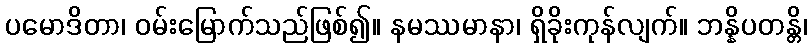
ပမောဒိတာ၊ ဝမ်းမြောက်သည်ဖြစ်၍။ နမဿမာနာ၊ ရှိခိုးကုန်လျက်။ ဘန္နိပတန္တိ၊